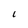
Character: I